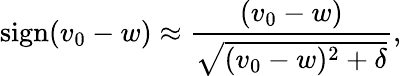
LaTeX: \mathrm{sign}(v_{0}-w)\approx\frac{(v_{0}-w)}{\sqrt{(v_{0}-w)^{2}+\delta}},